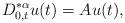
LaTeX: \begin{align*}D^{* \alpha}_{0,t}u(t)=Au(t),\end{align*}